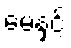
မေနှင့်